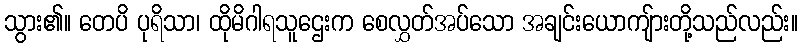
သွား၏။ တေပိ ပုရိသာ၊ ထိုမိဂါရသူဌေးက စေလွှတ်အပ်သော အချင်းယောကျ်ားတို့သည်လည်း။